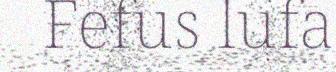
Fefus lufa